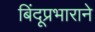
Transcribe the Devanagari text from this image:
बिंदूप्रभाराने